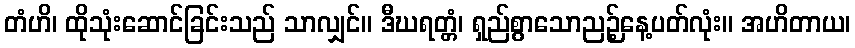
တံဟိ၊ ထိုသုံးဆောင်ခြင်းသည် သာလျှင်။ ဒီဃရတ္တံ၊ ရှည်စွာသောညဉ့်နေ့ပတ်လုံး။ အဟိတာယ၊